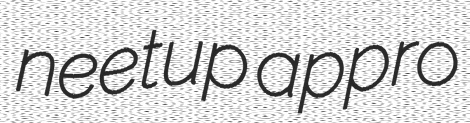
neetup appro